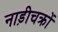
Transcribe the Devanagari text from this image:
नाड़ीचक्रों